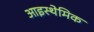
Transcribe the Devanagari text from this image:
आइस्थेमिक